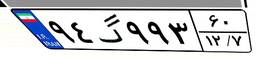
۹۴گ۹۹۳۶۰